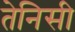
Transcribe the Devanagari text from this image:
तेनिसी